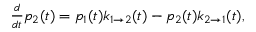
\begin{array} { r } { \frac { d } { d t } p _ { 2 } ( t ) = p _ { 1 } ( t ) k _ { 1 \rightarrow 2 } ( t ) - p _ { 2 } ( t ) k _ { 2 \rightarrow 1 } ( t ) , } \end{array}